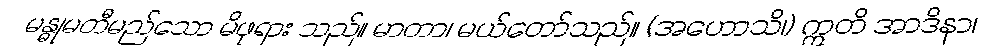
မန္ဓုမတီမည်သော မိဖုရား သည်။ မာတာ၊ မယ်တော်သည်။ (အဟောသိ၊) ဣတိ အာဒိနာ၊